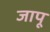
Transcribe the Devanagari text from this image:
जापू